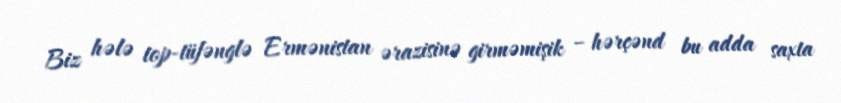
Biz hələ top-tüfənglə Ermənistan ərazisinə girməmişik – hərçənd bu adda saxta